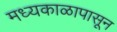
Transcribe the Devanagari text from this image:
मध्यकाळापासून